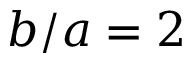
b / a = 2